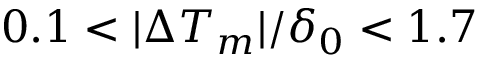
0 . 1 < | \Delta T _ { m } | / \delta _ { 0 } < 1 . 7